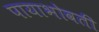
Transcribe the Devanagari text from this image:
पायाभोवती